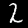
Label: 2